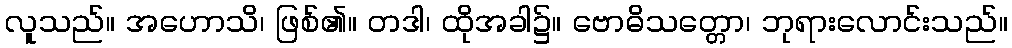
လူသည်။ အဟောသိ၊ ဖြစ်၏။ တဒါ၊ ထိုအခါ၌။ ဗောဓိသတ္တော၊ ဘုရားလောင်းသည်။